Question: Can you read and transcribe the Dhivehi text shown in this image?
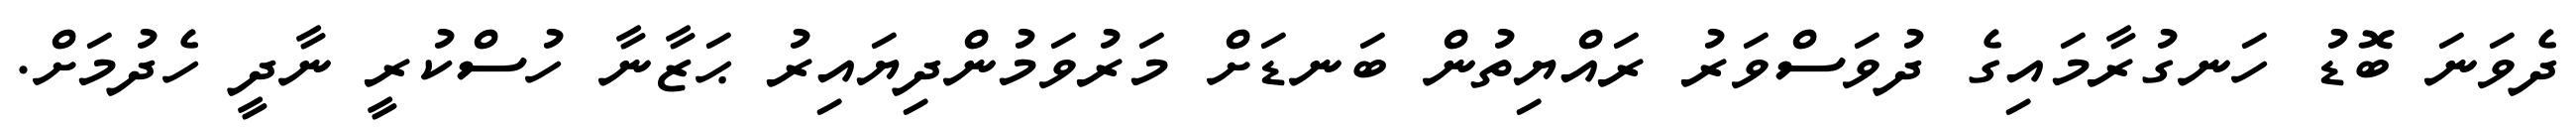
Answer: ދެވަނަ ބޮޑު ހަނގުރާމައިގެ ދުވަސްވަރު ރައްޔިތުން ބަނޑަށް މަރުވަމުންދިޔައިރު ޙަޒާނާ ހުސްކުރީ ނާދީ ހެދުމަށް.